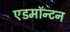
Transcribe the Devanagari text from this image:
एडमाॅन्टन